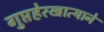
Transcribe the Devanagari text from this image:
गुप्तहेरखात्याने